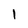
Character: 1